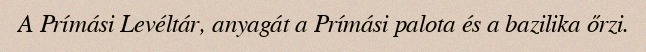
A Prímási Levéltár, anyagát a Prímási palota és a bazilika őrzi.